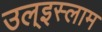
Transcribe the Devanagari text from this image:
उल्‌इस्लाम